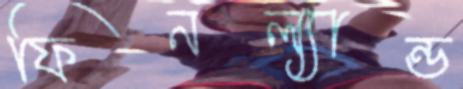
ফিনল্যান্ড